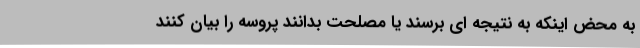
به محض اینکه به نتیجه ای برسند یا مصلحت بدانند پروسه را بیان کنند